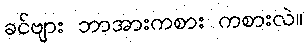
ခင်ဗျား ဘာအားကစား ကစားလဲ။